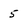
Character: 5